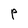
Character: P